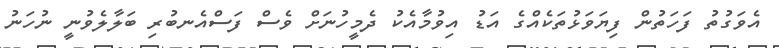
އެވަގުތު ފަހަތުން ފިޔަވަޅުތަކެއްގެ އަޑު އިވުމާއެކު ދެމީހުނަށް ވެސް ފަސްއެނބުރި ބަލާލެވުނީ ނުހަނު